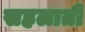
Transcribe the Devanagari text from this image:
सहलाती